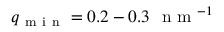
q _ { \mathrm { ~ m ~ i ~ n ~ } } = 0 . 2 \- - 0 . 3 \ \mathrm { ~ n ~ m ~ } ^ { - 1 }